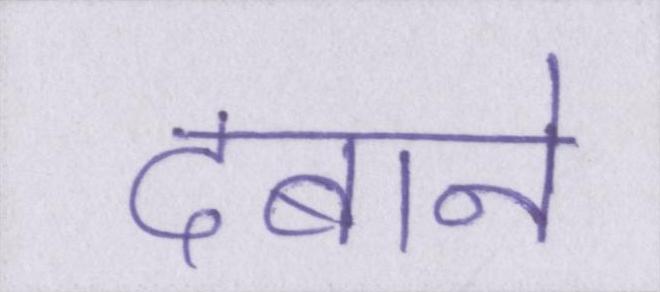
दबाने